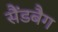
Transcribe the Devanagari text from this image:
सैंडबैग